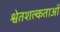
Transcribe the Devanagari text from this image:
श्वेतशल्कताओं